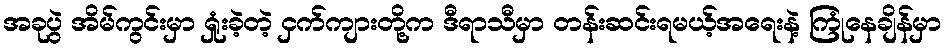
အခုပွဲ အိမ်ကွင်းမှာ ရှုံးခဲ့တဲ့ ငှက်ကျားတို့က ဒီရာသီမှာ တန်းဆင်းရမယ့်အရေးနဲ့ ကြုံနေချိန်မှာ